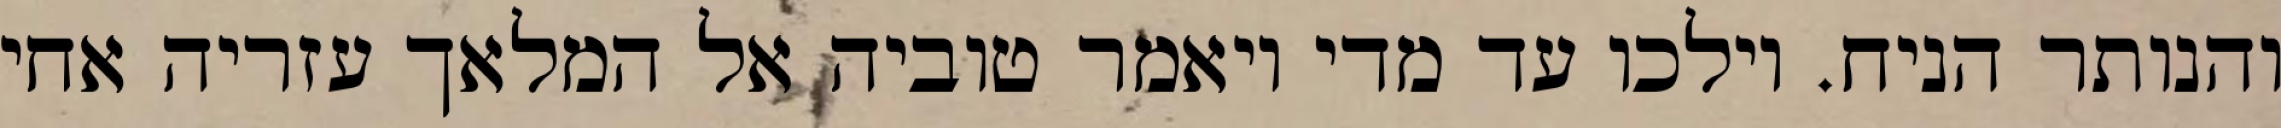
והנותר הניח. וילכו עד מדי ויאמר טוביה אל המלאך עזריה אחי